Annual report on the mental hospital in the Central Provinces and Berar (Nagpur) - 1927-1951
Year: 1927
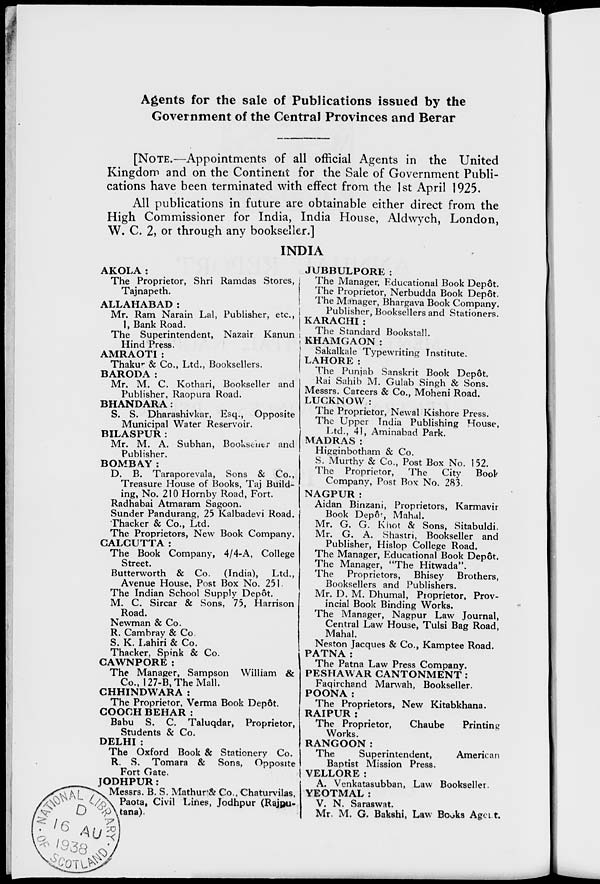
Agents for the sale of Publications issued by the
Government of the Central Provinces and Berar
[NOTE.—Appointments of all official Agents in the United
Kingdom and on the Continent for the Sale of Government Publi-
cations have been terminated with effect from the 1st April 1925.
All publications in future are obtainable either direct from the
High Commissioner for India, India House, Aldwych, London,
W. C. 2, or through any bookseller.]
INDIA
AKOLA :
The Proprietor, Shri Ramdas Stores,
Tajnapeth.
ALLAHABAD:
Mr. Ram Narain Lal, Publisher, etc.,
1, Bank Road.
The Superintendent, Nazair Kanun
Hind Press.
AMRAOTI :
Thakur & Co., Ltd., Booksellers.
BARODA:
Mr. M. C. Kothari, Bookseller and
Publisher, Raopura Road.
BHANDARA:
S. S. Dharashivkar, Esq., Opposite
Municipal Water Reservoir.
BILASPUR :
Mr. M. A. Subhan, Bookseller and
Publisher.
BOMBAY :
D. B. Taraporevala, Sons & Co.,
Treasure House of Books, Taj Build-
ing, No. 210 Hornby Road, Fort.
Radhabai Atmaram Sagoon.
Sunder Pandurang, 25 Kalbadevi Road.
Thacker & Co., Ltd.
The Proprietors, New Book Company.
CALCUTTA:
The Book Company, 4/4-A, College
Street.
Butterworth & Co. (India),
Ltd.,
Avenue House, Post Box No. 251.
The Indian School Supply Depôt.
M. C. Sircar & Sons, 75, Harrison
Road.
Newman & Co.
R. Cambray & Co.
S. K. Lahiri & Co.
Thacker, Spink & Co.
CAWNPORE :
The Manager, Sampson William &
Co., 127-B, The Mall.
CHHINDWARA :
The Proprietor, Verma Book Depôt.
COOCH BEHAR :
Babu S. C. Taluqdar, Proprietor,
Students & Co.
DELHI :
The Oxford Book & Stationery Co.
R. S. Tomara & Sons, Opposite
Fort Gate.
JODHPUR:
Messrs. B. S. Mathur& Co., Chaturvilas,
Paota, Civil Lines, Jodhpur (Rajpu-
tana).
JUBBULPORE:
The Manager, Educational Book Depôt.
The Proprietor, Nerbudda Book Depôt.
The Manager, Bhargava Book Company.
Publisher, Booksellers and Stationers.
KARACHI :
The Standard Bookstall.
KHAMGAON :
Sakalkale Typewriting Institute.
LAHORE:
The Punjab Sanskrit Book Depôt.
Rai Sahib M. Gulab Singh & Sons.
Messrs. Careers & Co., Moheni Road.
LUCKNOW :
The Proprietor, Newal Kishore Press.
The Upper India Publishing House,
Ltd., 41, Aminabad Park.
MADRAS:
Higginbotham & Co.
S. Murthy & Co., Post Box No. 152.
The Proprietor,
The
City
Book
Company, Post Box No. 283.
NAGPUR:
Aidan Binzani, Proprietors, Karmavir
Book Depôt, Mahal.
Mr. G. G. Khot & Sons, Sitabuldi.
Mr. G. A. Shastri, Bookseller and
Publisher, Hislop College Road.
The Manager, Educational Book Depôt.
The Manager, "The Hitwada".
The Proprietors, Bhisey Brothers,
Booksellers and Publishers.
Mr. D. M. Dhumal, Proprietor, Prov-
incial Book Binding Works.
The Manager, Nagpur Law Journal,
Central Law House, Tulsi Bag Road,
Mahal.
Neston Jacques & Co., Kamptee Road.
PATNA:
The Patna Law Press Company.
PESHAWAR CANTONMENT :
Faqirchand Marwah, Bookseller.
POONA :
The Proprietors, New Kitabkhana.
RAIPUR :
The Proprietor,
Chaube
Printing
Works.
RANGOON:
The
Superintendent,
American
Baptist Mission Press.
VELLORE :
A. Venkatasubban, Law Bookseller.
YEOTMAL :
V. N. Saraswat.
Mr. M. G. Bakshi, Law Books Agent.